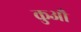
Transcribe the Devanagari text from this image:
कुऔ